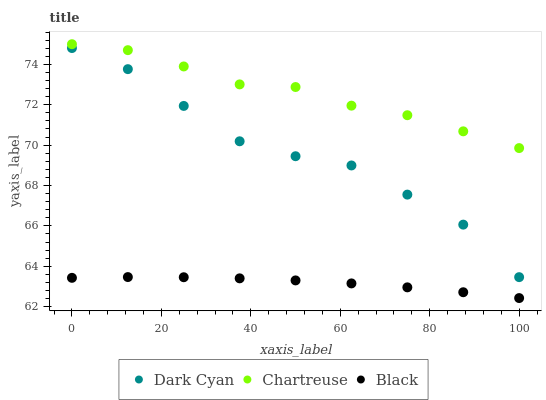
| xaxis_label | Dark Cyan | Chartreuse | Black |
 | --- | --- | --- | --- |
 | 0 | 74.8 | 75 | 63.4 |
 | 12.5 | 73.8 | 74.7 | 63.5 |
 | 25 | 71.9 | 73.9 | 63.5 |
 | 37.5 | 70.2 | 73 | 63.4 |
 | 50 | 69.5 | 72.9 | 63.3 |
 | 62.5 | 69 | 72 | 63.1 |
 | 75 | 67.5 | 71.5 | 63 |
 | 87.5 | 66.1 | 70.7 | 62.7 |
 | 100 | 63.5 | 69.9 | 62.4 |